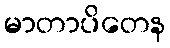
မာတာပိတေန